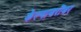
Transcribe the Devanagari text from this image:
केल्याबरॊबर